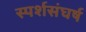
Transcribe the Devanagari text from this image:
स्पर्शसंघर्ष